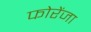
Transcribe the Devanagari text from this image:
फोरेंजा